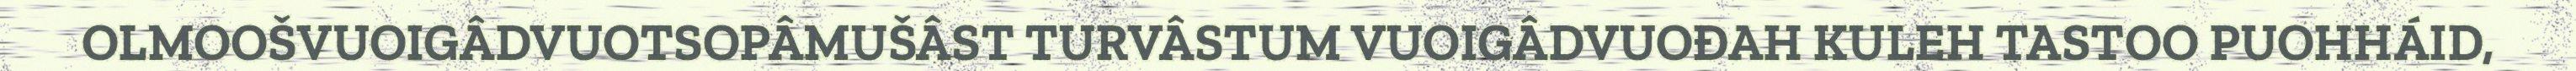
OLMOOŠVUOIGÂDVUOTSOPÂMUŠÂST TURVÂSTUM VUOIGÂDVUOĐAH KULEH TASTOO PUOHHÁID,